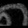
Digit: ၈